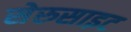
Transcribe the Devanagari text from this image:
सेरुसाइट